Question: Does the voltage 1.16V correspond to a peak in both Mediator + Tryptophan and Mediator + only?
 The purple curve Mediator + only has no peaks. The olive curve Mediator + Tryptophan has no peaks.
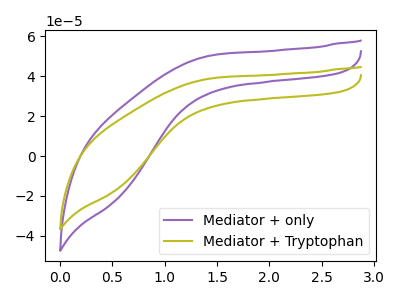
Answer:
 <answer>No, "Mediator + Tryptophan" and "Mediator + only" dont share a peak at 1.16V.</answer>
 <eval>mismatch</eval>